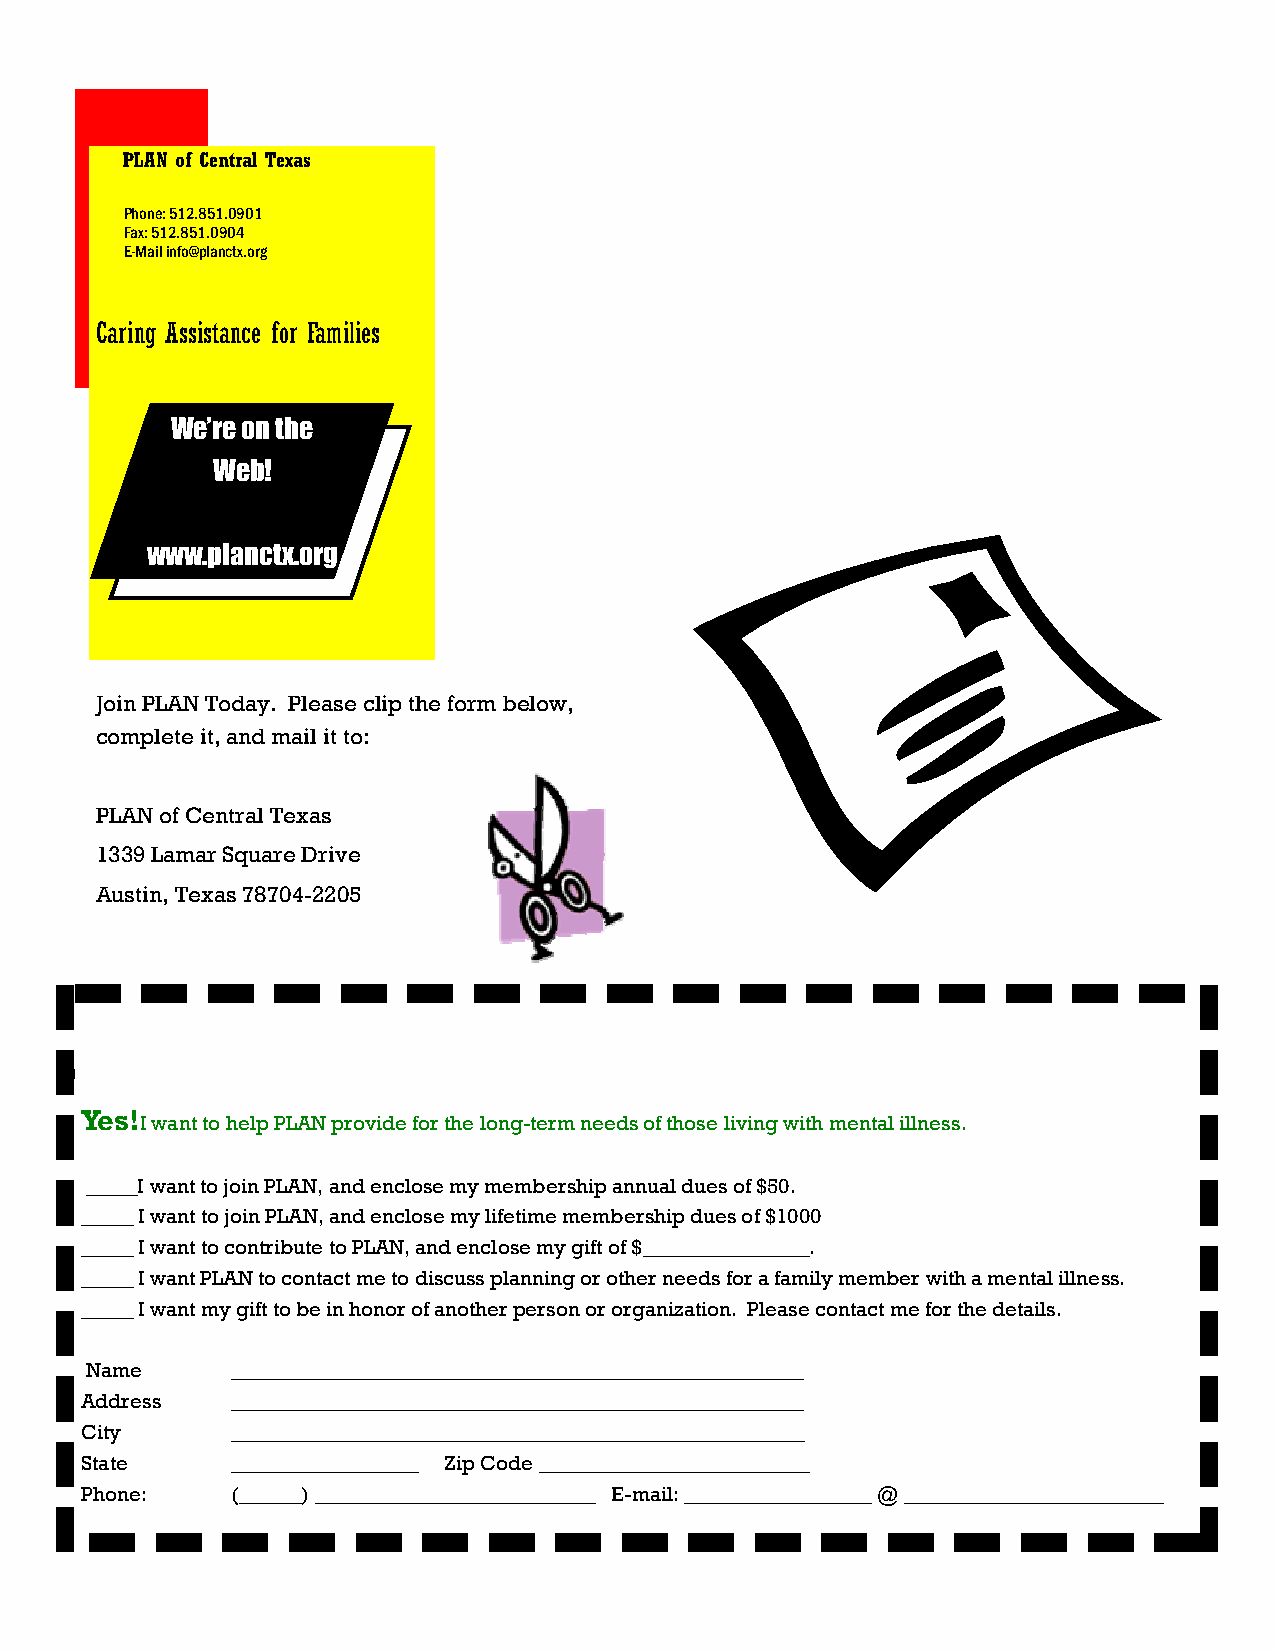
PLAN of Central Texas
 Phone: 512.851.0901
 Fax: 512.851.0904
 E-Mail info@planctx.org
 Caring Assistance for Families
 We’re on the
 Web!
 www.planctx.org
 Join PLAN Today. Please clip the form below,
 complete it, and mail it to:
 PLAN of Central Texas
 1339 Lamar Square Drive
 Austin, Texas 78704-2205
 Yes!
 I want to help PLAN provide for the long-term needs of those living with mental illness.
 _____I want to join PLAN, and enclose my membership annual dues of $50.
 _____ I want to join PLAN, and enclose my lifetime membership dues of $1000
 _____ I want to contribute to PLAN, and enclose my gift of $________________.
 _____ I want PLAN to contact me to discuss planning or other needs for a family member with a mental illness.
 _____ I want my gift to be in honor of another person or organization. Please contact me for the details.
 Name     _______________________________________________________
 Address   _______________________________________________________
 City      _______________________________________________________
 State     __________________ Zip Code __________________________
 Phone:    (______) ___________________________ E-mail: __________________ @ _________________________